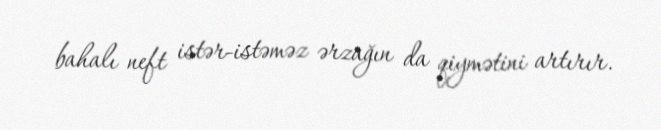
bahalı neft istər-istəməz ərzağın da qiymətini artırır.